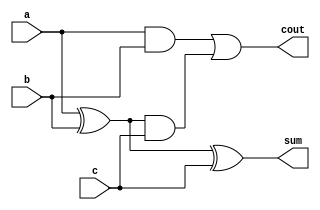
`timescale 1ns/1ns
module FA(a, b, c, cout, sum);

    input a, b, c;
    output cout, sum;
    
    wire   e1, e2, e3;

    xor (e1, a, b);
    and (e2, a, b);
    and (e3, e1, c);
    or	(cout,e2, e3);
    xor  (sum, e1, c);

endmodule